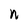
Character: n